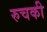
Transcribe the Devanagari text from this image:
रुचकी